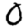
Digit: 0